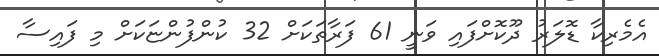
އެމެރިކާ ޑޮލަރު ދޫކޮށްފައި ވަނީ 61 ފަރާތަކަށް 32 ކުންފުންޏަކަށް މި ފައިސާ